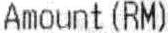
AMOUNT(RM)